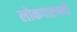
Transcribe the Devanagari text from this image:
लोकपालपदी